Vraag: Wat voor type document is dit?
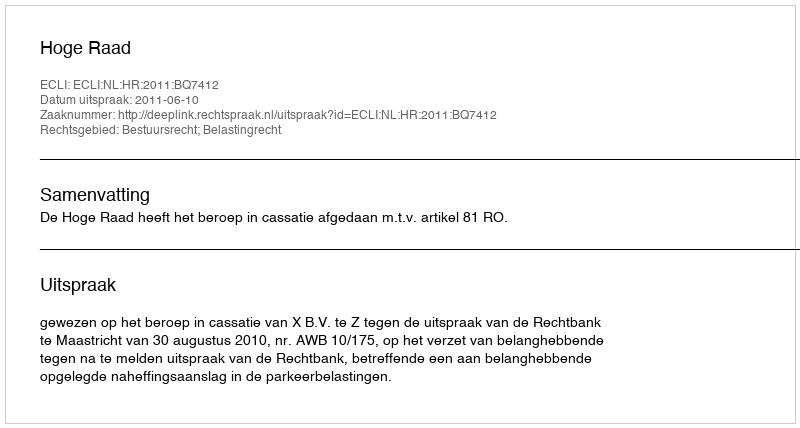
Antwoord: Uitspraak